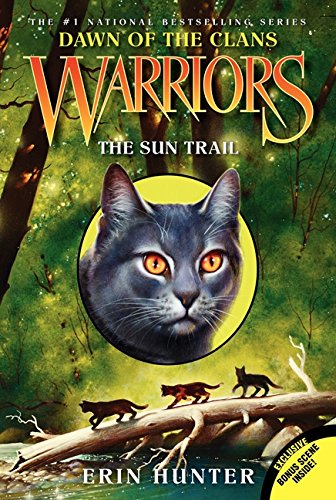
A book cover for Warriors: Dawn of the Clans #1: The Sun Trail; Erin Hunter; Children's Books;